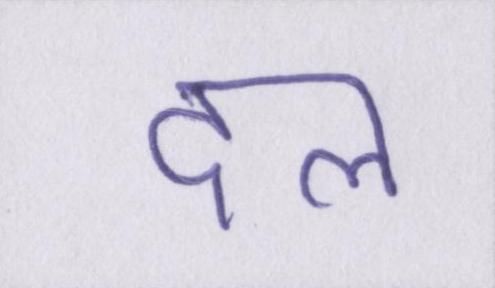
दल